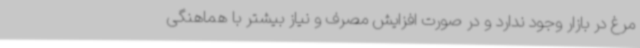
مرغ در بازار وجود ندارد و در صورت افزایش مصرف و نیاز بیشتر با هماهنگی